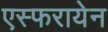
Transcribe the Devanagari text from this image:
एस्फरायेन